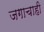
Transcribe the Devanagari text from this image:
जगाचाही